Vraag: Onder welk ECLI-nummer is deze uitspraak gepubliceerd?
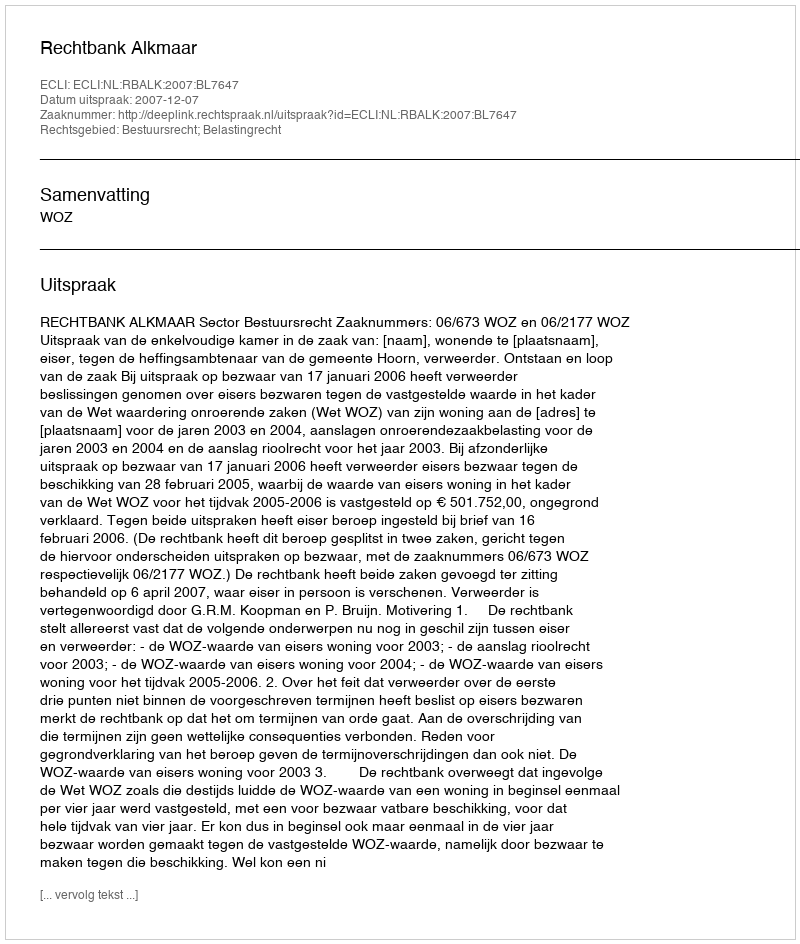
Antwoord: ECLI:NL:RBALK:2007:BL7647